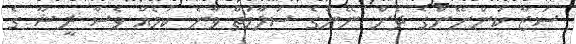
ސަޒާ ކަންނޭންގެ ދެން ނޭންގެ ސަލާމަތް ވާނެ ކަމެއް ވެސް ރީޝާ ގެ